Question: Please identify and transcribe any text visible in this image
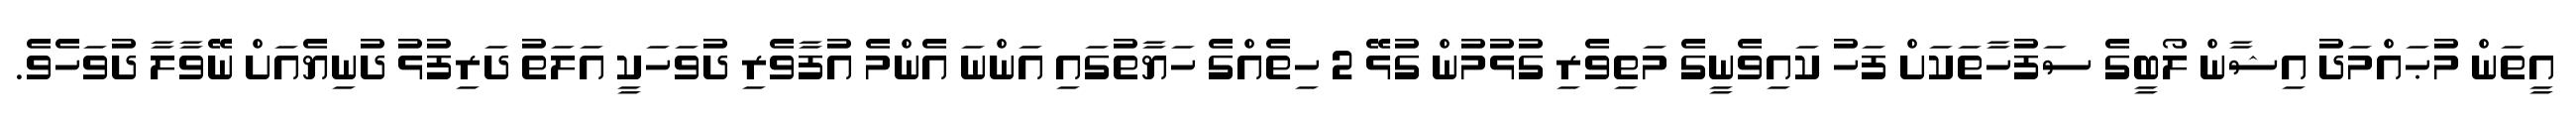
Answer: އީތަން މުޙައްމަދު އިޝާން ލޯބީގެ ސަފުހާތަކަށް ފަހު ކައިވެނީގެ މަތިވެރި ގުޅުމުން ގުޅޭ 2 ހިތެއްގެ ހަޔާތުގައި އަންނަ އެންމެ އުފާވެރި ދުވަހަކީ އަލަތު ދަރިފުޅު ދުނިޔެއަށް ނޭވާލާ ދުވަހެވެ.